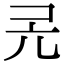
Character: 𠑻